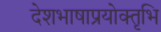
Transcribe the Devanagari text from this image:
देशभाषाप्रयोक्तृभि